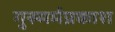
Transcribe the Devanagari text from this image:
गुरुमर्मप्रकाश